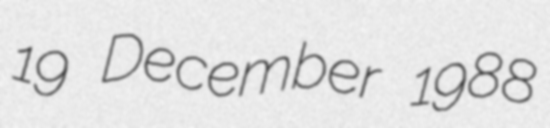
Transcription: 19 December 1988